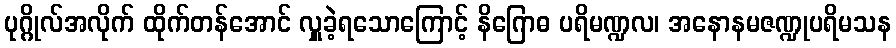
ပုဂ္ဂိုလ်အလိုက် ထိုက်တန်အောင် လှူခဲ့ရသောကြောင့် နိဂြောဓ ပရိမဏ္ဍလ၊ အနောနမဇဏ္ဍုပရိမသန